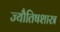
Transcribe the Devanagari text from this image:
ज्यौतिषशास्त्र